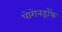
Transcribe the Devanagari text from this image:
पोगेनड्रॉफ